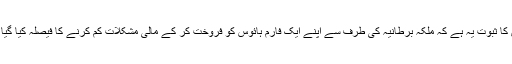
جس کا ثبوت یہ ہے کہ ملکۂ برطانیہ کی طرف سے اپنے ایک فارم ہائوس کو فروخت کر کے مالی مشکلات کم کرنے کا فیصلہ کیا گیا ہے۔